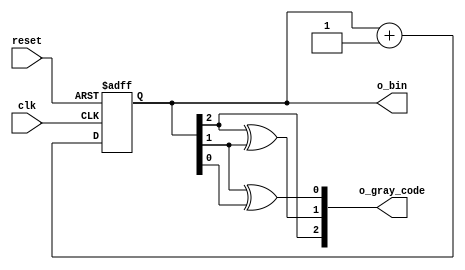
`timescale 1ns / 1ps

module gray_counter(
    input clk,
    input reset,
    output [2:0] o_bin,
    output [2:0] o_gray_code
    );
    
    // 3-bit binary counter
    reg [2:0] bin_counter = 0;
    
    always @(posedge clk or posedge reset)
        if(reset)
            bin_counter <= 0;
        else
            bin_counter <= bin_counter + 1;
        
    assign o_bin = bin_counter;
        
    // *** Hard Coding a Gray Code Register to Binary Counter Values
//    reg [2:0] r_gc = 0;             // gray code reg   
    
//    always @(bin_counter)
//        case(bin_counter)
//            0 : r_gc = 3'b000;
//            1 : r_gc = 3'b001;
//            2 : r_gc = 3'b011;
//            3 : r_gc = 3'b010;
//            4 : r_gc = 3'b110;
//            5 : r_gc = 3'b111;
//            6 : r_gc = 3'b101;
//            7 : r_gc = 3'b100;
//        endcase
       
//    assign o_gray_code = r_gc;      // gray code output tied to gray code reg
    // *****************************************************************************
        
    // *** Combinational Logic of Binary Counter Values to Generate Gray Code Output
    assign o_gray_code[2] = bin_counter[2];                     // high-order bit always same
    assign o_gray_code[1] = bin_counter[2] ^ bin_counter[1];    // lesser order bits are the result
    assign o_gray_code[0] = bin_counter[1] ^ bin_counter[0];    // of XOR logic 
    // *****************************************************************************    
        
endmodule